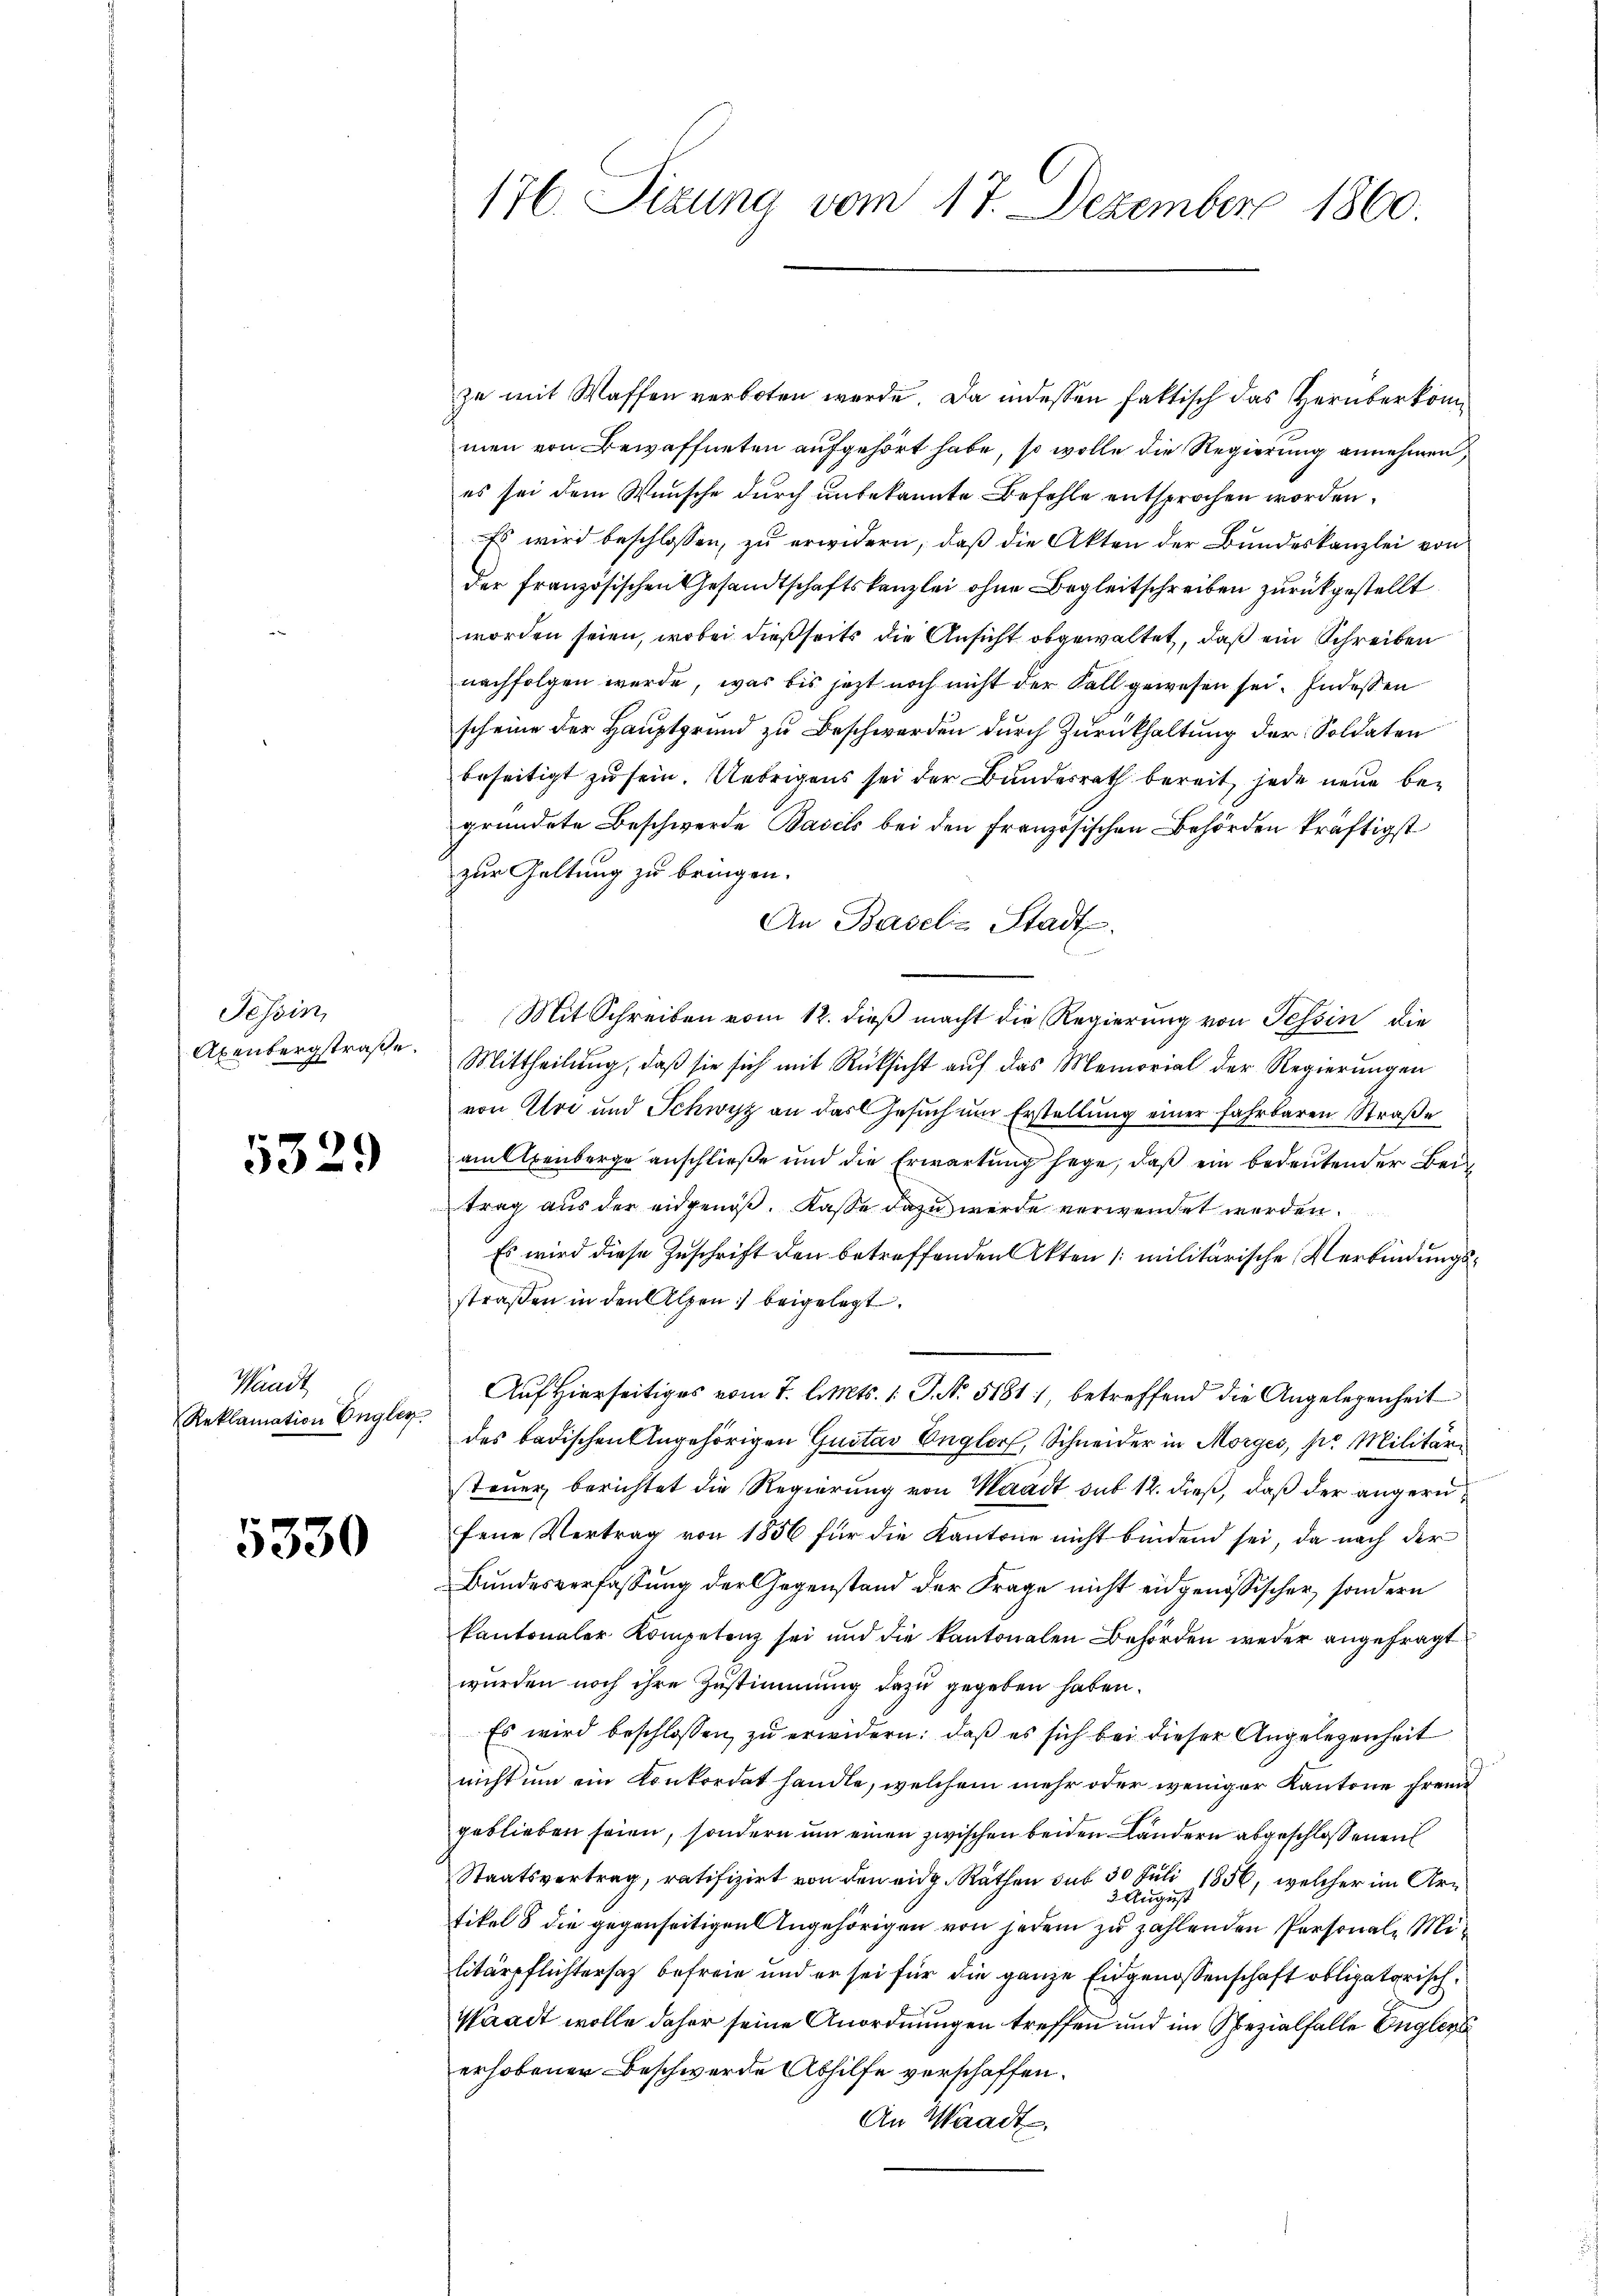
Tessin,
Abenbergstraße.

5329

Waadt
Reklamation Engler.

5330

zu mit Waffen verboten werde. Da indessen faktisch das Verüberkommen von Bewaffneten aufgehört habe, so wolle die Regierung annehmen,
es sei dem Wunsche durch unbekannte Befehle entsprochen worden.
Es wird beschlossen, zu erwidern, daß die Akten der Bundeskanzlei von
der französischen Gesandtschaftskanzlei ohne Begleitschreiben zurückgestellt
worden seien, wobei dießseits die Ansicht abgewaltet, daß ein Schreiben
nachfolgen werde, was bis jetzt noch nicht der Fall gewesen sei. Indessen
scheine der Hauptgrund zu Beschwerden durch Zurückhaltung der Soldaten
beseitigt zu sein. Uebrigens sei der Bundesrath bereit, jede neue begründete Beschwerde Basels bei den französischen Behörden kräftigst
zur Geltung zu bringen.
An Baselis Stadt.
Mit Schreiben vom 12. dieß macht die Regierung von Tessin die
Mittheilung, daß sie sich mit Rücksicht auf das Memorial der Regierungen
von Uri und Schwyz an das Gesuch um Erstellung einer fahrbaren Straße
am Abenberge anschließe und die Erwartung hege, daß ein bedeutender Bei
trag aus der eidgenöß. Kasse dazu werde verwendet werden.
Es wird diese Zuschrift den betreffenden Akten /: militärische Verbindungsstraßen in den Alpen beigelegt.
Auf Hierseitiges vom 7. d. Mts. 1. J. N. 5181. betreffend die Angelegenheit
des badischen Angehörigen Gustav Engler, Schneider in Morges, pr Militärsteuer berichtet die Regierung von Waadt sub 12. dieß, daß der angerufene Vertrag von 1856 für die Kantone nicht bindend sei, da nach der
Bundesverfassung der Gegenstand der Frage nicht eidgenössischer, sondern
kantonaler Kompetenz sei und die kantonalen Behörden weder angefragt
wurden noch ihre Zustimmung dazu gegeben haben.
Es wird beschlossen zŭ erwidern: daβ es sich bei dieser Angelegenheit
nicht um ein Konkordat handle, welchem mehr oder weniger Kantone fremd
geblieben seien, sondern um einen zwischen beiden Ländern abgeschlossenen
Staatsvertrag, ratifizirt von den eidg. Räthen sub 30 Juli 1856, welcher im Ar¬
3 Augus
tikel 8 die gegenseitigen Angehörigen von jedem zu zahlenden Personale Militärpflichtersatz befreie und er sei für die ganze Eidgenossenschaft obligatorisch
Waadt wolle daher seine Anordnungen treffen und im Spezialfalle Englers
erhobener Beschwerde Abhilfe verschaffen.
An Waadt.

176 Sizung vom 17. Dezember 1860